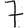
Digit: 7